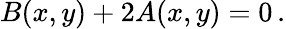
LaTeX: B(x,y)+2A(x,y)=0\, .